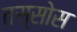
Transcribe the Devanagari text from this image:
तस्सोस